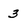
Character: 3